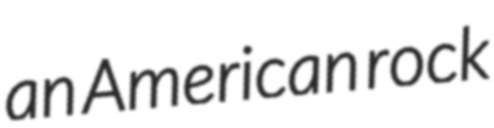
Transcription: an American rock